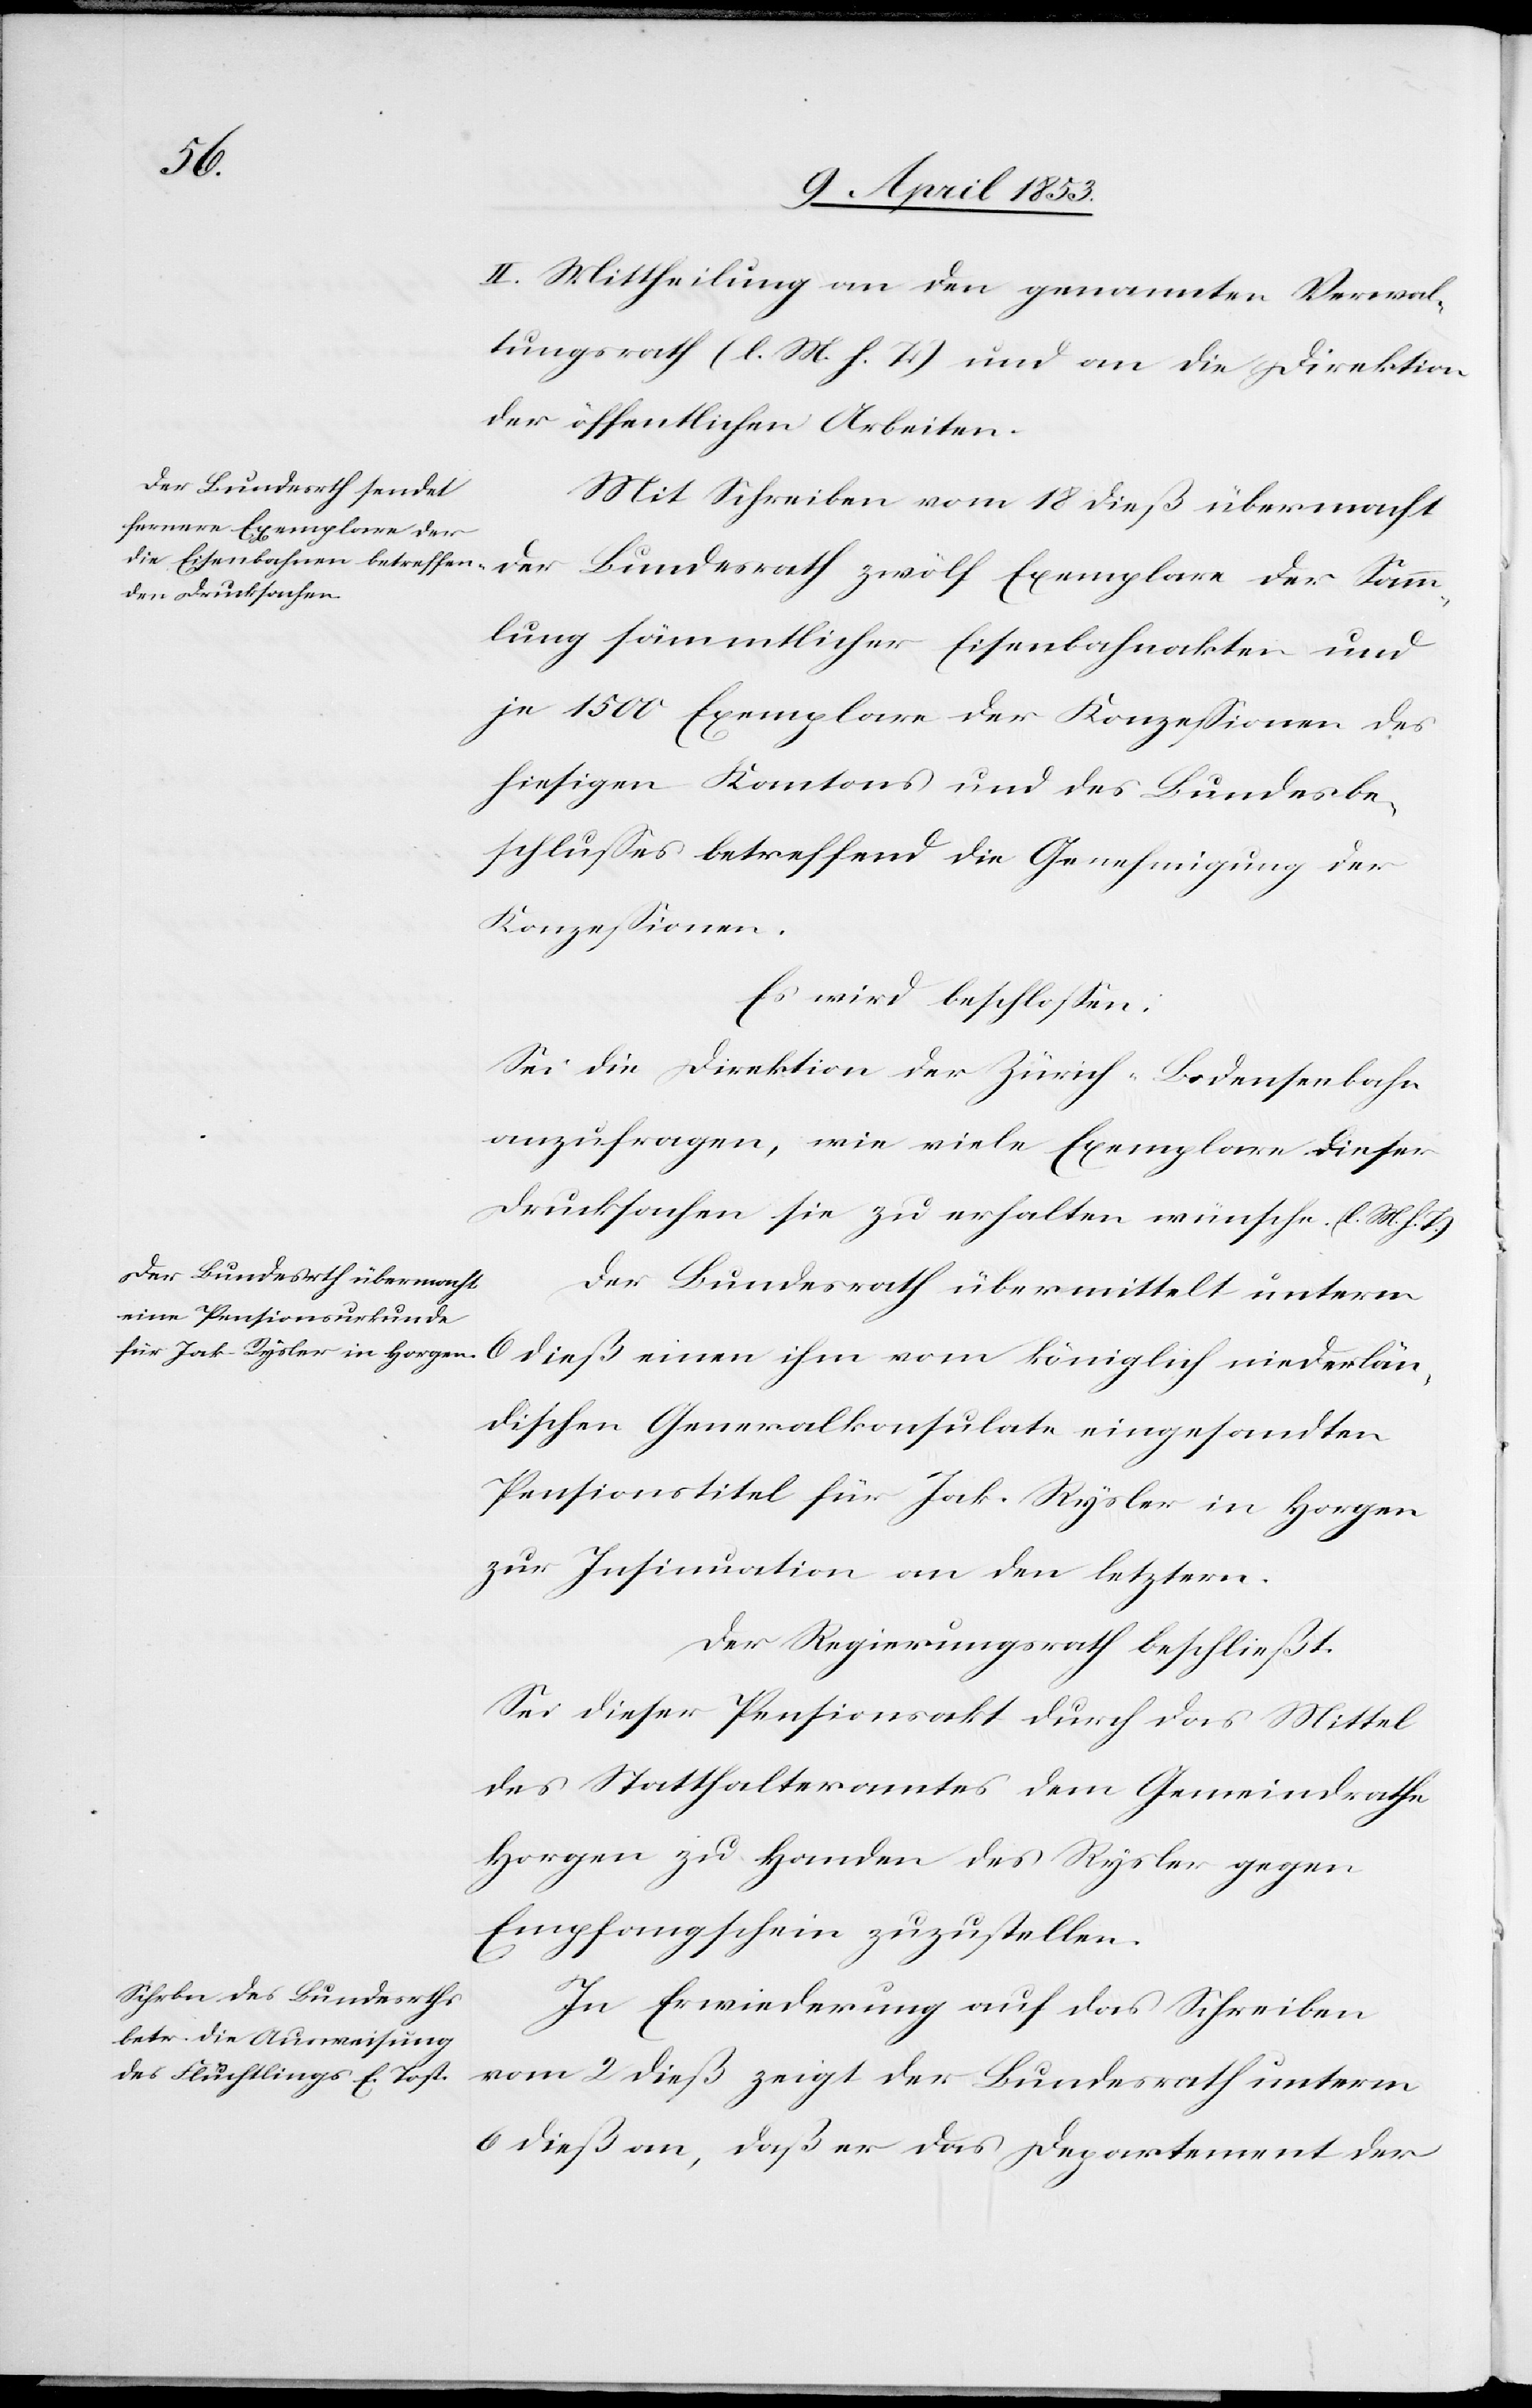
niederl¬
II. Mittheilung an den genannten Verwal¬
tungsrath [l. M. h. T] und an die Direktion
der öffentlichen Arbeiten.
Mit Schreiben vom 18 dieß übermacht
mlung sämmtlicher Eisenbahnakten und
je 1500 Exemplare der Konzeßionen des
hiesigen Kantons und des Bundesbe¬
schlußes betreffend die Genehmigung der
Konzeßionen.
Es wird beschloßen:
Sei die Direktion der Zürich-Bodenseebahn
anzufragen, wie viele Exemplare dieser
Drucksachen sie zu erhalten wünsche. [l. M. h. T]
Der Bundesrath übermittelt unterm
ändischen Generalkonsulate eingesandten
Pensionstitel für Jak. Rysler in Horgen
zur Insinuation an den letztern.
Der Regierungsrath beschließt.
Sei dieser Pensionsakt durch das Mittel
des Statthalteramtes dem Gemeindsrathe
Horgen zu Handen des Rysler gegen
Empfangsschein zuzustellen.
In Erwiederung auf das Schreiben
vom 2 dieß zeigt der Bundesrath unterm
6 dieß an, daß er das Departement der